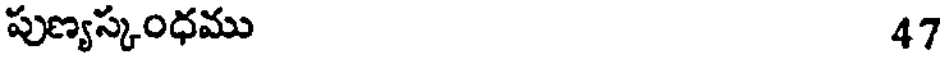
పుణ్యస్కంధము 47